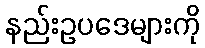
နည်းဥပဒေများကို